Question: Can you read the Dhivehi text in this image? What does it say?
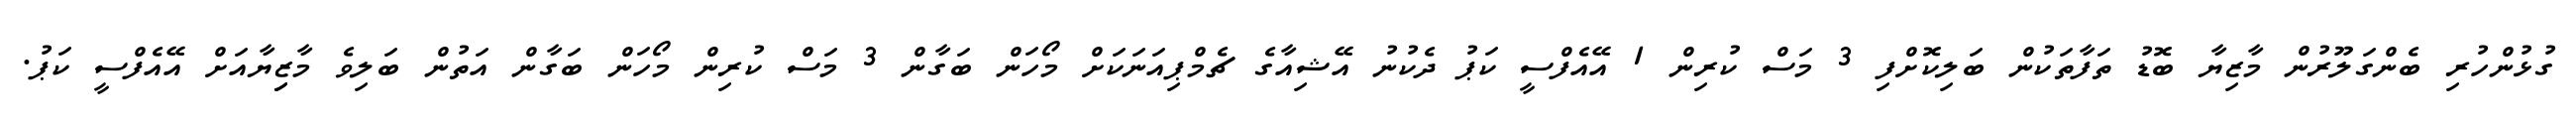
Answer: ގުޅުންހުރި ބެންގަލޫރުން މާޒިޔާ ބޮޑު ތަފާތަކުން ބަލިކޮށްފި 3 މަސް ކުރިން 1 އޭއެފްސީ ކަޕު ދެކުނު އޭޝިއާގެ ޗެމްޕިއަނަކަށް މޯހަން ބަގާން 3 މަސް ކުރިން މޯހަން ބަގާން އަތުން ބަލިވެ މާޒިިޔާއަށް އޭއެފްސީ ކަޕު.